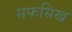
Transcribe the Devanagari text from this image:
सफसिख